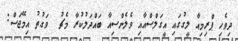
ދިވެހި ޕްރިމިއާ ލީގުގައި އީގަލްސްއާއި ވެލެންސިއާ ބައްދަލުކުރާ މެޗު  ވަގުތު އިމޭޖަސް: